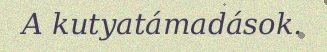
A kutyatámadások.